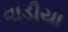
વાડીયા